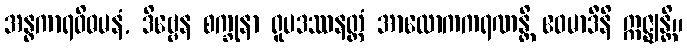
အန္ဓကာရဝိဓမနံ, ဒိဗ္ဗေန စက္ခုနာ ရူပဒဿနတ္ထံ အာလောကကရဏန္တိ ဧဝမာဒီနိ ဣဇ္ဈန္တိ။